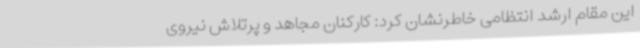
این مقام ارشد انتظامی خاطرنشان کرد: کارکنان مجاهد و پرتلاش نیروی